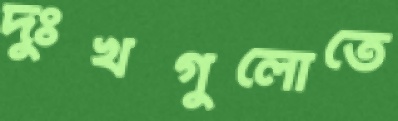
দুঃখগুলোতে